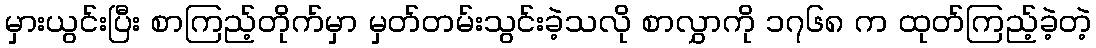
မှားယွင်းပြီး စာကြည့်တိုက်မှာ မှတ်တမ်းသွင်းခဲ့သလို စာလွှာကို ၁၇၆၈ က ထုတ်ကြည့်ခဲ့တဲ့